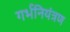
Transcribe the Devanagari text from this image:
गर्भनियंत्रण